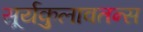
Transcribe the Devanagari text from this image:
सूर्यकुलावतन्स